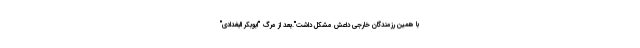
با همین رزمندگان خارجی داعش مشکل داشت".بعد از مرگ "ابوبکر البغدادی"